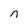
Character: n